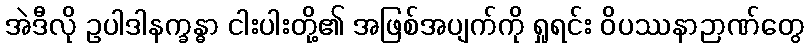
အဲဒီလို ဥပါဒါနက္ခန္ဓာ ငါးပါးတို့၏ အဖြစ်အပျက်ကို ရှုရင်း ဝိပဿနာဉာဏ်တွေ